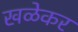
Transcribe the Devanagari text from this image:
खळेकर